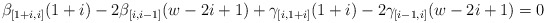
\begin{align*} & \beta_{[1+i,i]} (1+i) -2 \beta_{[i,i-1]} (w-2i+1) + \gamma_{[i,1+i]}(1+i) -2 \gamma_{[i-1,i]}(w-2i+1) = 0 \end{align*}